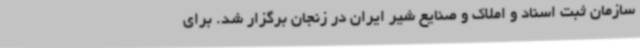
سازمان ثبت اسناد و املاک و صنایع شیر ایران در زنجان برگزار شد. برای